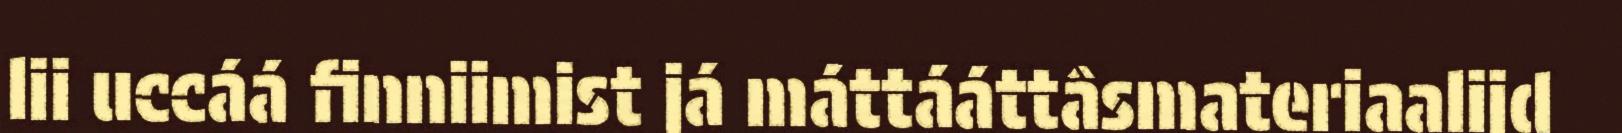
lii uccáá finniimist já máttááttâsmateriaalijd